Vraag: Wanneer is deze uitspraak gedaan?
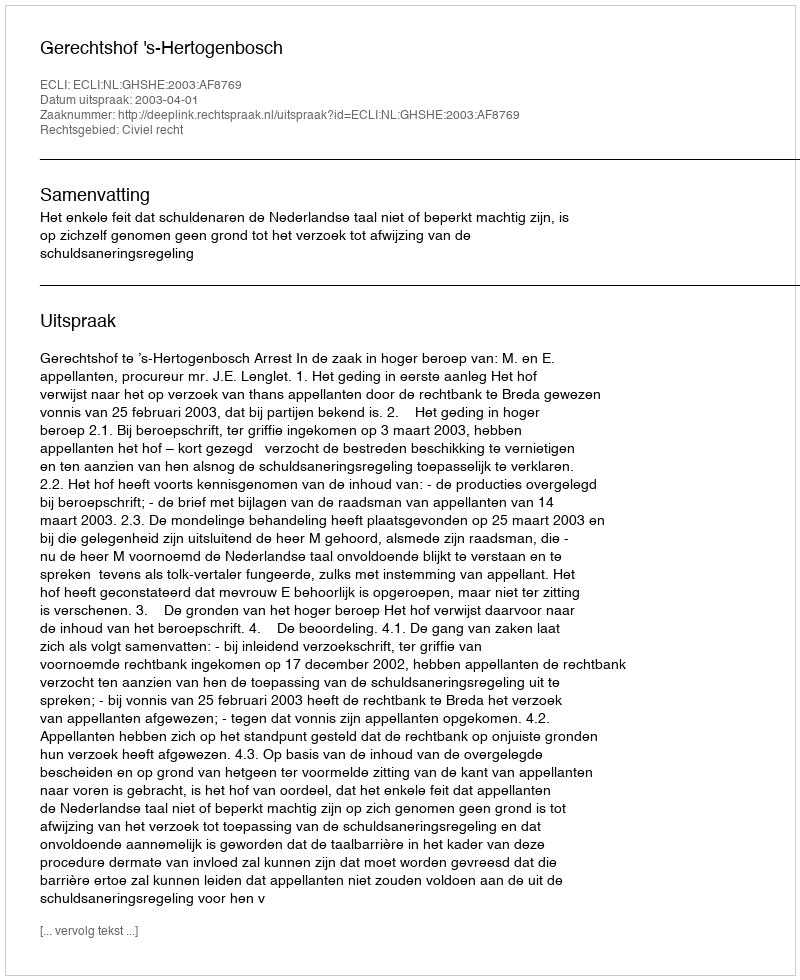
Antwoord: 2003-04-01